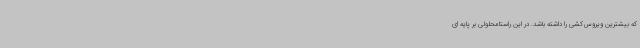
که بیشترین ویروس‌کشی را داشته باشد. در این راستامحلولی بر پایه ای